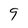
Character: 9